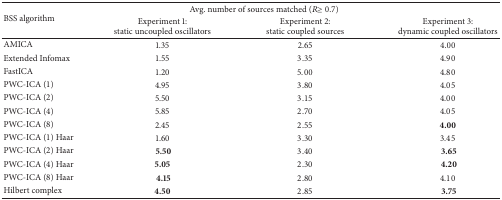
<table><thead><tr><td rowspan="2"><b>BSS algorithm</b></td><td colspan="3"><b>Avg. number of sources matched (<i>R</i>≥ 0.7)</b></td></tr><tr><td><b>Experiment 1:static uncoupled oscillators</b></td><td><b>Experiment 2:static coupled sources</b></td><td><b>Experiment 3:dynamic coupled oscillators</b></td></tr></thead><tbody><tr><td>AMICA</td><td>1.35</td><td>2.65</td><td>4.00</td></tr><tr><td>Extended Infomax</td><td>1.55</td><td>3.35</td><td>4.90</td></tr><tr><td>FastICA</td><td>1.20</td><td>5.00</td><td>4.80</td></tr><tr><td>PWC-ICA (1)</td><td>4.95</td><td>3.80</td><td>4.05</td></tr><tr><td>PWC-ICA (2)</td><td>5.50</td><td>3.15</td><td>4.00</td></tr><tr><td>PWC-ICA (4)</td><td>5.85</td><td>2.70</td><td>4.05</td></tr><tr><td>PWC-ICA (8)</td><td>2.45</td><td>2.55</td><td><b>4.00</b></td></tr><tr><td>PWC-ICA (1) Haar</td><td>1.60</td><td>3.30</td><td>3.45</td></tr><tr><td>PWC-ICA (2) Haar</td><td><b> 5.50</b></td><td>3.40</td><td><b> 3.65</b></td></tr><tr><td>PWC-ICA (4) Haar</td><td><b>5.05</b></td><td>2.30</td><td><b> 4.20</b></td></tr><tr><td>PWC-ICA (8) Haar</td><td><b> 4.15</b></td><td>2.80</td><td>4.10</td></tr><tr><td>Hilbert complex</td><td><b>4.50</b></td><td>2.85</td><td><b> 3.75</b></td></tr></tbody></table>